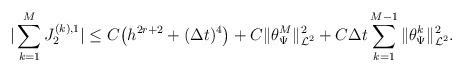
LaTeX: \begin{align*}\begin{array}{@{}l@{}}{\displaystyle |\sum_{k=1}^{M} J_2^{(k),1}| \leq C\big(h^{2r+2}+(\Delta t)^{4}\big) +C\|\theta_{\Psi}^{M}\|_{\mathcal{L}^2}^{2}+ C\Delta t \sum_{k=1}^{M-1}{\|\theta_{\Psi}^{k}\|_{\mathcal{L}^2}^{2}}.}\end{array}\end{align*}